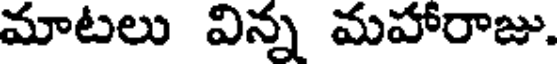
మాటలు విన్న మహారాజు.